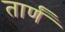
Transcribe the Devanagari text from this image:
तार्णं